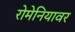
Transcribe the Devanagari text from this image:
रोमेनियावर